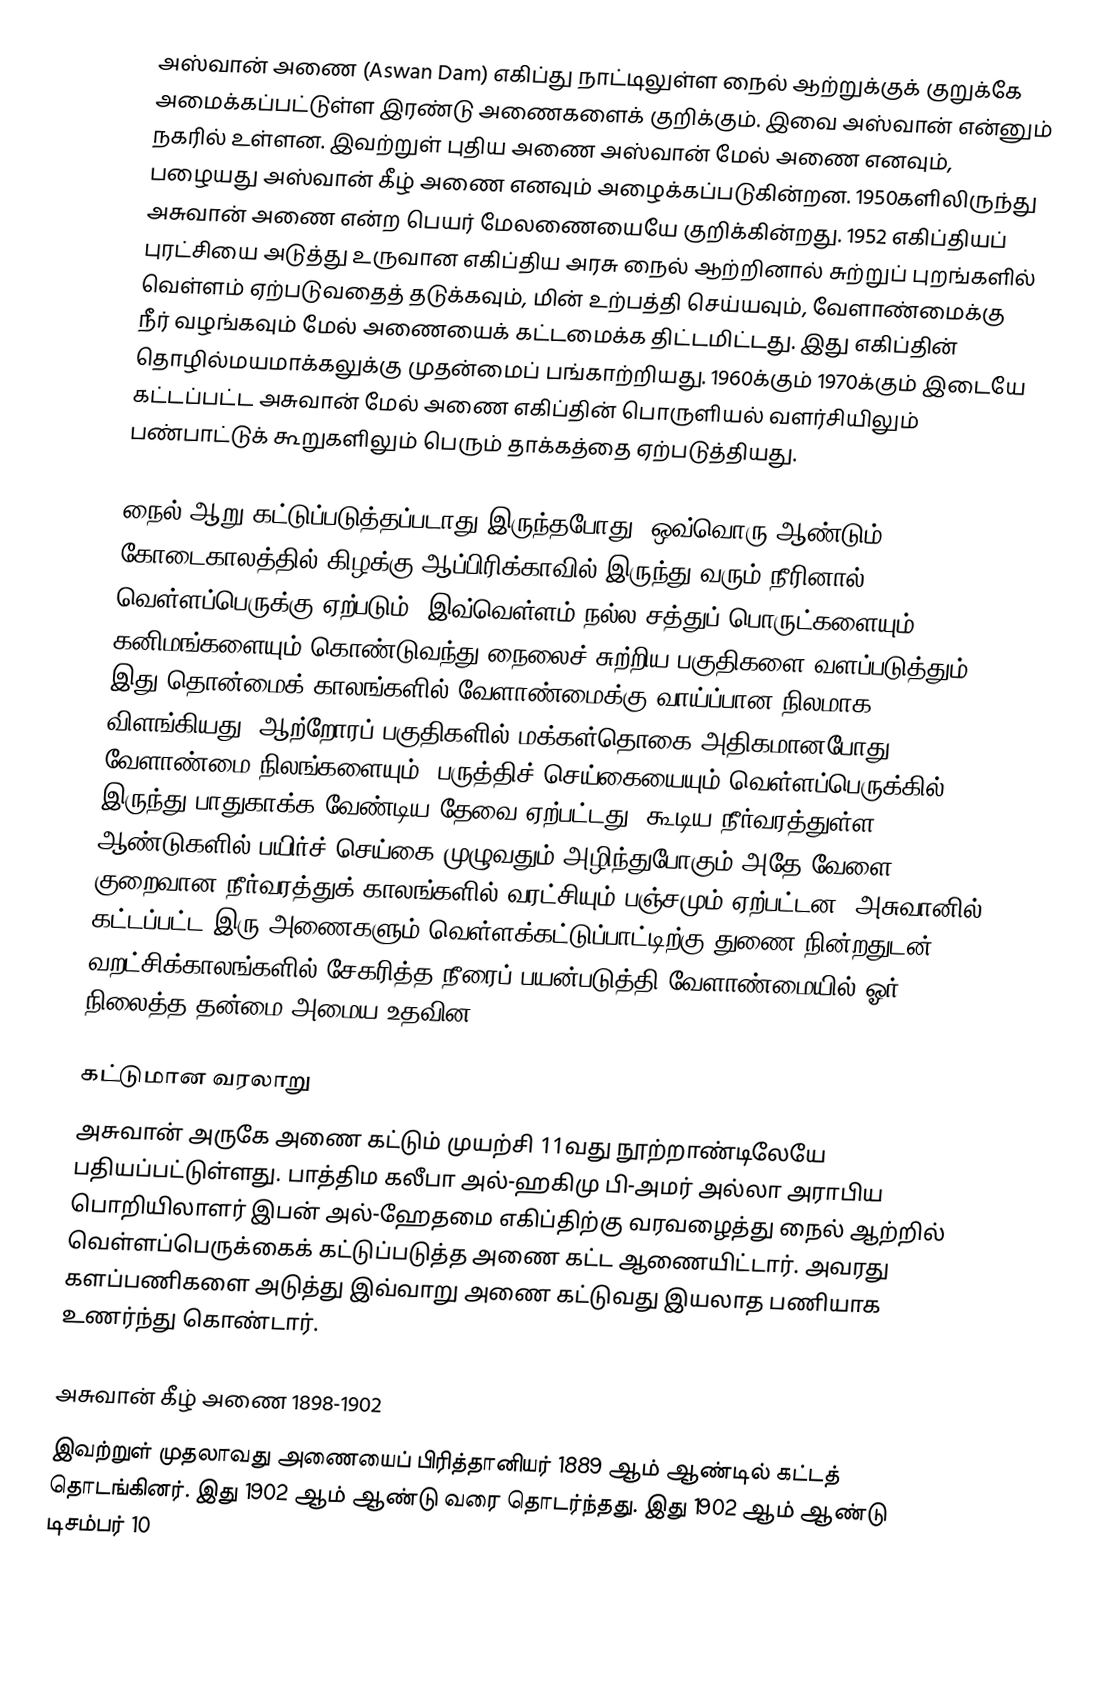
அஸ்வான் அணை (Aswan Dam) எகிப்து நாட்டிலுள்ள நைல் ஆற்றுக்குக் குறுக்கே அமைக்கப்பட்டுள்ள இரண்டு அணைகளைக் குறிக்கும். இவை அஸ்வான் என்னும் நகரில் உள்ளன. இவற்றுள் புதிய அணை அஸ்வான் மேல் அணை எனவும், பழையது அஸ்வான் கீழ் அணை எனவும் அழைக்கப்படுகின்றன. 1950களிலிருந்து அசுவான் அணை என்ற பெயர் மேலணையையே குறிக்கின்றது. 1952 எகிப்தியப் புரட்சியை அடுத்து உருவான எகிப்திய அரசு நைல் ஆற்றினால் சுற்றுப் புறங்களில் வெள்ளம் ஏற்படுவதைத் தடுக்கவும், மின் உற்பத்தி செய்யவும், வேளாண்மைக்கு நீர் வழங்கவும் மேல் அணையைக் கட்டமைக்க திட்டமிட்டது. இது எகிப்தின்  தொழில்மயமாக்கலுக்கு முதன்மைப் பங்காற்றியது. 1960க்கும் 1970க்கும் இடையே கட்டப்பட்ட அசுவான் மேல் அணை எகிப்தின் பொருளியல் வளர்சியிலும் பண்பாட்டுக் கூறுகளிலும் பெரும் தாக்கத்தை ஏற்படுத்தியது.

நைல் ஆறு கட்டுப்படுத்தப்படாது இருந்தபோது, ஒவ்வொரு ஆண்டும் கோடைகாலத்தில் கிழக்கு ஆப்பிரிக்காவில் இருந்து வரும் நீரினால் வெள்ளப்பெருக்கு ஏற்படும். இவ்வெள்ளம் நல்ல சத்துப் பொருட்களையும், கனிமங்களையும் கொண்டுவந்து நைலைச் சுற்றிய பகுதிகளை வளப்படுத்தும். இது தொன்மைக் காலங்களில் வேளாண்மைக்கு வாய்ப்பான நிலமாக விளங்கியது. ஆற்றோரப் பகுதிகளில் மக்கள்தொகை அதிகமானபோது, வேளாண்மை நிலங்களையும், பருத்திச் செய்கையையும் வெள்ளப்பெருக்கில் இருந்து பாதுகாக்க வேண்டிய தேவை ஏற்பட்டது. கூடிய நீர்வரத்துள்ள ஆண்டுகளில் பயிர்ச் செய்கை முழுவதும் அழிந்துபோகும் அதே வேளை, குறைவான நீர்வரத்துக் காலங்களில் வரட்சியும் பஞ்சமும் ஏற்பட்டன. அசுவானில் கட்டப்பட்ட இரு அணைகளும் வெள்ளக்கட்டுப்பாட்டிற்கு துணை நின்றதுடன் வறட்சிக்காலங்களில் சேகரித்த நீரைப் பயன்படுத்தி வேளாண்மையில் ஓர் நிலைத்த தன்மை அமைய உதவின.

கட்டுமான வரலாறு
அசுவான் அருகே அணை கட்டும் முயற்சி  11வது நூற்றாண்டிலேயே பதியப்பட்டுள்ளது.  பாத்திம கலீபா அல்-ஹகிமு பி-அமர் அல்லா அராபிய பொறியிலாளர்  இபன் அல்-ஹேதமை எகிப்திற்கு வரவழைத்து நைல் ஆற்றில் வெள்ளப்பெருக்கைக் கட்டுப்படுத்த  அணை கட்ட ஆணையிட்டார். அவரது களப்பணிகளை அடுத்து இவ்வாறு அணை கட்டுவது இயலாத பணியாக உணர்ந்து கொண்டார்.

அசுவான் கீழ் அணை 1898-1902
இவற்றுள் முதலாவது அணையைப் பிரித்தானியர் 1889 ஆம் ஆண்டில் கட்டத் தொடங்கினர். இது 1902 ஆம் ஆண்டு வரை தொடர்ந்தது. இது 1902 ஆம் ஆண்டு டிசம்பர் 10